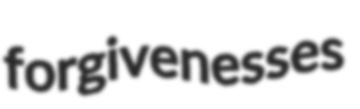
forgivenesses